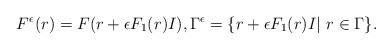
LaTeX: \begin{align*}F^\epsilon (r) = F(r+\epsilon F_1(r)I), \Gamma^\epsilon = \{ r+\epsilon F_1(r)I | \ r\in \Gamma \}.\end{align*}